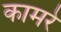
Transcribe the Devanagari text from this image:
कामरे